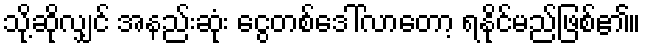
သို့ဆိုလျှင် အနည်းဆုံး ငွေတစ်ဒေါ်လာတော့ ရနိုင်မည်ဖြစ်၏။